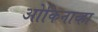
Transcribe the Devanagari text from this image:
ओकिनाव्हा